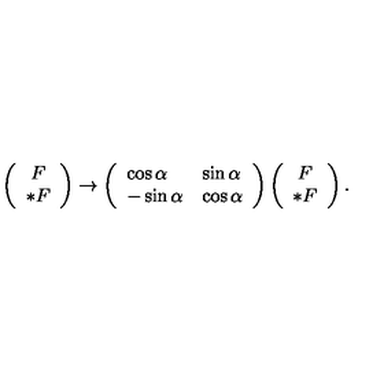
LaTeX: \left( \begin{array} { c } { F } \\ { * F } \\ \end{array} \right) \rightarrow \left( \begin{array} { l l } { \cos \alpha } & { \sin \alpha } \\ { - \sin \alpha } & { \cos \alpha } \\ \end{array} \right) \left( \begin{array} { c } { F } \\ { * F } \\ \end{array} \right) .